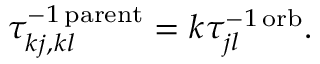
\tau _ { k j , k l } ^ { - 1 \, \mathrm { p a r e n t } } = k \tau _ { j l } ^ { - 1 \, \mathrm { o r b } } .